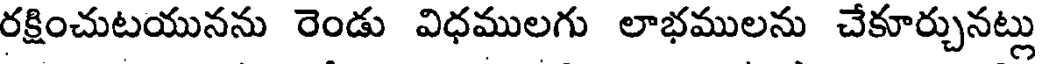
రక్షించుటయునను రెండు విధములగు లాభములను చేకూర్చునట్లు